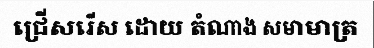
ជ្រើសរើស ដោយ តំណាង សមាមាត្រ